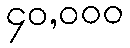
၄၀,၀၀၀